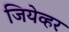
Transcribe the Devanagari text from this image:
जियेव्हर